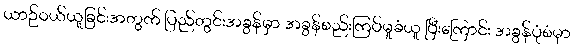
ယာဉ်ဝယ်ယူခြင်းအတွက် ပြည်တွင်းအခွန်မှာ အခွန်စည်းကြပ်မှုခံယူ ပြီးကြောင်း အခွန်ပုံစံမှာ